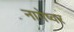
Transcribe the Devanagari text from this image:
नागेष्वर